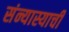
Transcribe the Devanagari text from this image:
संन्यास्याची